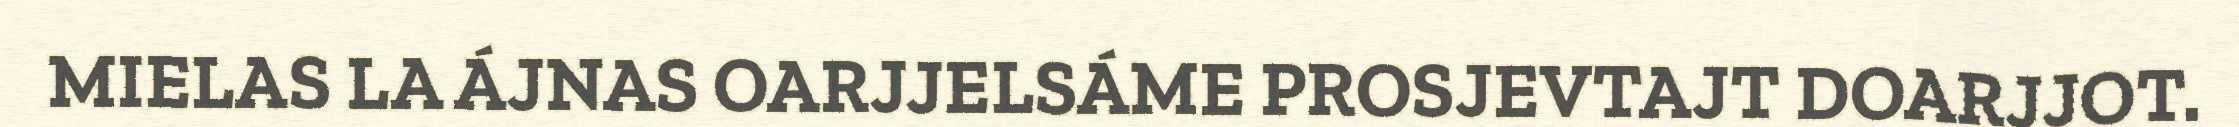
MIELAS LA ÁJNAS OARJJELSÁME PROSJEVTAJT DOARJJOT.